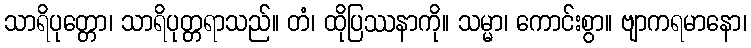
သာရိပုတ္တော၊ သာရိပုတ္တရာသည်။ တံ၊ ထိုပြဿနာကို။ သမ္မာ၊ ကောင်းစွာ။ ဗျာကရမာနော၊